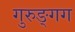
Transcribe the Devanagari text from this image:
गुरुङ्गग